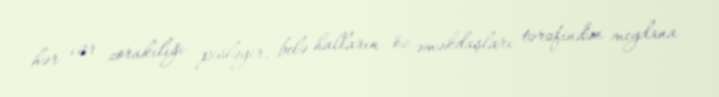
hər cür zorakılığı pisləyir, belə halların öz əməkdaşları tərəfindən meydana